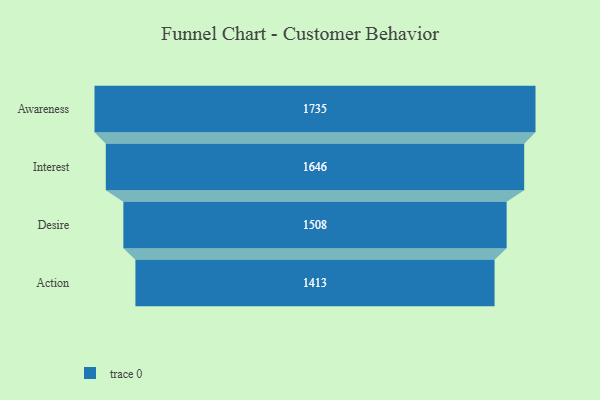
{"axis": {"x": "Stage", "y": "Value"}, "legend": [""], "data": [{"x": "Awareness", "y": 1735.0, "type": ""}, {"x": "Interest", "y": 1646.0, "type": ""}, {"x": "Desire", "y": 1508.0, "type": ""}, {"x": "Action", "y": 1413.0, "type": ""}]}